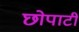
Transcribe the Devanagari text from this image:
छोपाटी